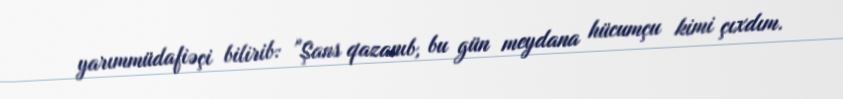
yarımmüdafiəçi bilirib: "Şans qazanıb, bu gün meydana hücumçu kimi çıxdım.